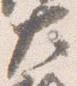
大